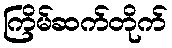
ကြိမ်ဆက်တိုက်